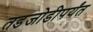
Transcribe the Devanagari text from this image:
तडजोडीपर्यंत